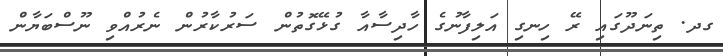
ގދ. ތިނަދޫގައި ރޭ ހިނގި އަލިފާނުގެ ހާދިސާއާ ގުޅޭގޮތުން ސަރުކާރުން ނެރުއްވި ނޫސްބަޔާން